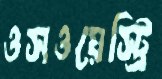
ওসওয়েস্ট্রি